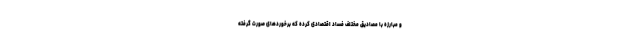
و مبارزه با مصادیق مختلف فساد اقتصادی کرده که برخوردهای صورت گرفته